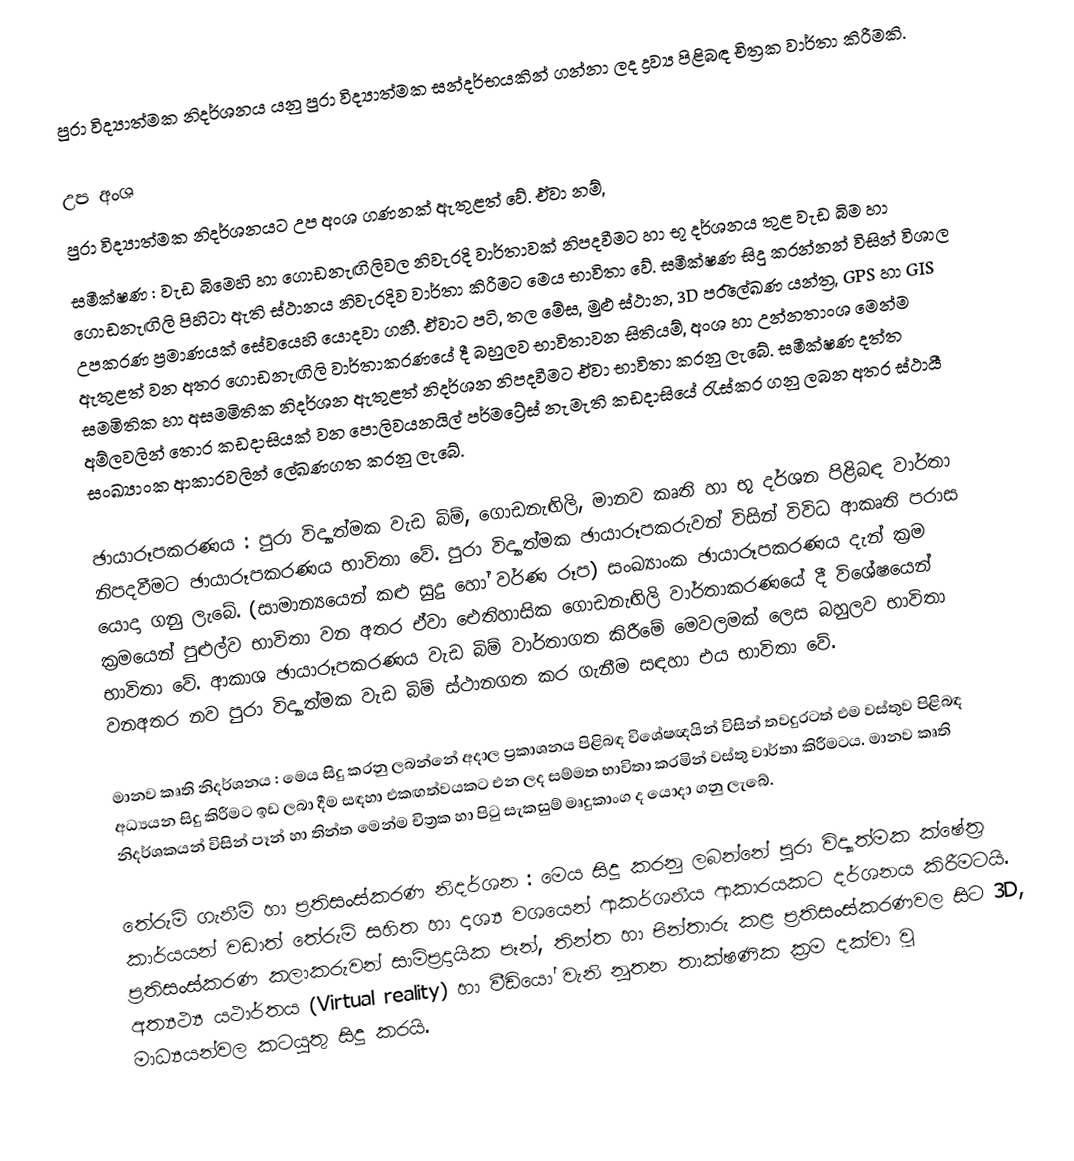
පුරා විද්‍යාත්මක නිදර්ශනය යනු පුරා විද්‍යාත්මක සන්දර්භයකින් ගන්නා ලද ද්‍රව්‍ය පිළිබඳ චිත්‍රක වාර්තා කිරීමකි.

උප අංශ
පුරා විද්‍යාත්මක නිදර්ශනයට උප අංශ ගණනක් ඇතුළත් වේ. ඒවා නම්,
සමීක්ෂණ : වැඩ බිමෙහි හා ගොඩනැඟිලිවල නිවැරදි වාර්තාවක් නිපදවීමට හා භූ දර්ශනය තුළ වැඩ බිම හා ගොඩනැඟිලි පිහිටා ඇති ස්ථානය නිවැරදිව වාර්තා කිරීමට මෙය භාවිතා වේ. සමීක්ෂණ සිදු කරන්නන් විසින් විශාල උපකරණ ප්‍රමාණයක් සේවයෙහි යොදවා ගනී. ඒවාට පටි, තල මේස, මුළු ස්ථාන, 3D පර‍ිලේඛණ යන්ත්‍ර, GPS හා GIS ඇතුළත් වන අතර ගොඩනැඟිලි වාර්තාකරණයේ දී බහුලව භාවිතාවන සිතියම්, අංශ හා උන්නතාංශ මෙන්ම සමමිතික හා අසමමිතික නිදර්ශන ඇතුළත් නිදර්ශන නිපදවීමට ඒවා භාවිතා කරනු ලැබේ. සමීක්ෂණ දත්ත අම්ලවලින් තොර කඩදාසියක් වන පොලිවයනයිල් පර්මට්‍රේස් නැමැති කඩදාසියේ රැස්කර ගනු ලබන අතර ‍ස්ථායී සංඛ්‍යාංක ආකාරවලින් ලේඛණගත කරනු ලැබේ.

ඡායාරූපකරණය : පුරා විද්‍යාත්මක වැඩ බිම්, ගොඩනැඟිලි, මානව කෘති හා භූ දර්ශන පිළිබඳ වාර්තා නිපදවීමට ඡායාරූපකරණය භාවිතා වේ. පුරා විද්‍යාත්මක ඡායාරූපකරුවන් විසින් විවිධ ආකෘති පරාස යොදා ගනු ලැබේ. (සාමාන්‍යයෙන් කළු සුදු හෝ වර්ණ රූප) සංඛ්‍යාංක ඡායාරූපකරණය දැන් ක්‍රම ක්‍රමයෙන් පුළුල්ව භාවිතා වන අතර ඒවා ඓතිහාසික ගොඩනැඟිලි වාර්තාකරණයේ දී විශේෂයෙන් භාවිතා වේ. ආකාශ ඡායාරූපකරණය වැඩ බිම් වාර්තාගත කිරීමේ මෙවලමක් ලෙස බහුලව භාවිතා වනඅතර නව පුරා විද්‍යාත්මක වැඩ බිම් ස්ථානගත කර ගැනීම සඳහා එය භාවිතා වේ.

මානව කෘති නිදර්ශනය : මෙය සිදු කරනු ලබන්නේ අදාල ප්‍රකාශනය පිළිබඳ විශේෂඥයින් විසින් තවදුරටත් එම වස්තුව පිළිබඳ අධ්‍යයන සිදු කිරීමට ඉඩ ලබා දීම සඳහා එකඟත්වයකට එන ලද සම්මත භාවිතා කරමින් වස්තු වාර්තා කිරීමටය. මානව කෘති නිදර්ශකයන් විසින් පෑන් හා තින්ත මෙන්ම චිත්‍රක හා පිටු සැකසුම් මෘදුකාංග ද යොදා ගනු ලැබේ.

තේරුම් ගැනීම් හා ප්‍රතිසංස්කරණ නිදර්ශන : මෙය සිදු කරනු ලබන්නේ ‍පුරා විද්‍යාත්මක ක්ෂේත්‍ර කාර්යයන් වඩාත් තේරුම් සහිත හා දෘශ්‍ය වශයෙන් ආකර්ශනීය ආකාරයකට දර්ශනය කිරීමටයි. ප්‍රතිසංස්කරණ කලාකරුවන් සාම්ප්‍රදායික පෑන්, තින්ත හා පින්තාරු කළ ප්‍රතිසංස්කරණවල සිට 3D, අත්‍යථ්‍ය යථාර්තය (Virtual reality) හා වීඩියෝ වැනි නූතන තාක්ෂණික ක්‍රම දක්වා වූ මාධ්‍යයන්වල කටයුතු සිදු කරයි.